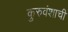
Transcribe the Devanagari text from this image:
कुरुवंशाची